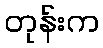
တုန်းက